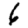
Digit: 6